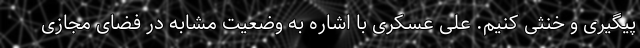
پیگیری و خنثی کنیم. علی عسکری با اشاره به وضعیت مشابه در فضای مجازی